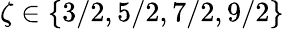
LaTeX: \zeta\in\{ 3/2,5/2,7/2,9/2\}